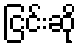
ငြင်းဆို